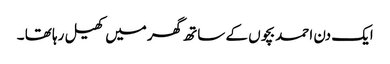
ایک دن احمد بچوں کے ساتھ گھر میں کھیل رہا تھا ۔